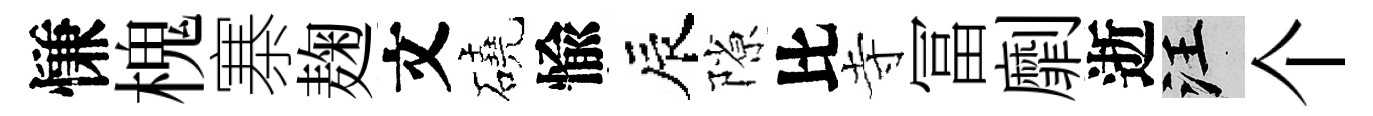
慊槐寨麹文磽愉辰隙比寺冨劘逝汪个